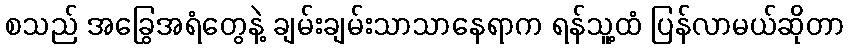
စသည် အခြွေအရံတွေနဲ့ ချမ်းချမ်းသာသာနေရာက ရန်သူ့ထံ ပြန်လာမယ်ဆိုတာ